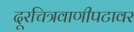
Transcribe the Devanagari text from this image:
दूरचित्रवाणीपटावर